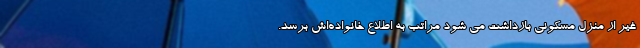
غیر از منزل مسکونی بازداشت می شود مراتب به اطلاع خانواده‌اش برسد.